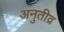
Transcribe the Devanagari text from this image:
अनुतीव्र